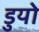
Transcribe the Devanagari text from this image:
डुयो